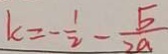
k = - \frac { 1 } { 2 } - \frac { 5 } { 2 a }